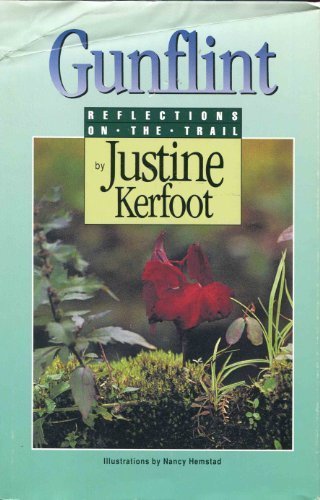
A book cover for Gunflint: Reflections on the Trail; Justine Kerfoot; Travel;